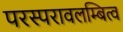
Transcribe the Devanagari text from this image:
परस्परावलम्बित्व